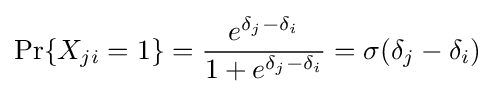
\Pr\{X_{ji}=1\}={\frac {e^{{\delta _{j}}-{\delta _{i}}}}{1+e^{{\delta _{j}}-{\delta _{i}}}}}=\sigma (\delta _{j}-\delta _{i})